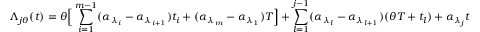
\Lambda _ { j \theta } ( t ) = \theta \Big [ \sum _ { i = 1 } ^ { m - 1 } ( \alpha _ { \lambda _ { i } } - \alpha _ { \lambda _ { i + 1 } } ) t _ { i } + ( \alpha _ { \lambda _ { m } } - \alpha _ { \lambda _ { 1 } } ) T \Big ] + \sum _ { l = 1 } ^ { j - 1 } ( \alpha _ { \lambda _ { l } } - \alpha _ { \lambda _ { l + 1 } } ) ( \theta T + t _ { l } ) + \alpha _ { \lambda _ { j } } t